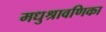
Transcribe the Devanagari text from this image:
मधुश्रावणिका